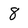
Character: 8